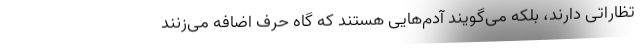
تظاراتی دارند، بلکه می‌گویند آدم‌هایی هستند که گاه حرف اضافه می‌زنند